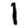
Digit: 1